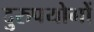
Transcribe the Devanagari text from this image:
दुरुपयोगों